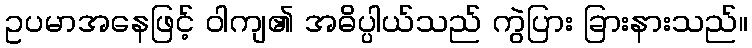
ဥပမာအနေဖြင့် ဝါကျ၏ အဓိပ္ပါယ်သည် ကွဲပြား ခြားနားသည်။